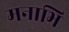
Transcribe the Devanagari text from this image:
मनाभि